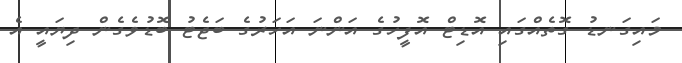
މައިގަނޑު ގޮތެއްގައި އޮޑިޓް އޮފީހުގެ އަންނަ އަހަރުގެ ބަޖެޓު ބޮޑުވެގެން ދިޔައީ އެ